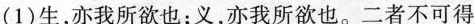
(1)生，亦我所欲也；义，亦我所欲也。二者不可得